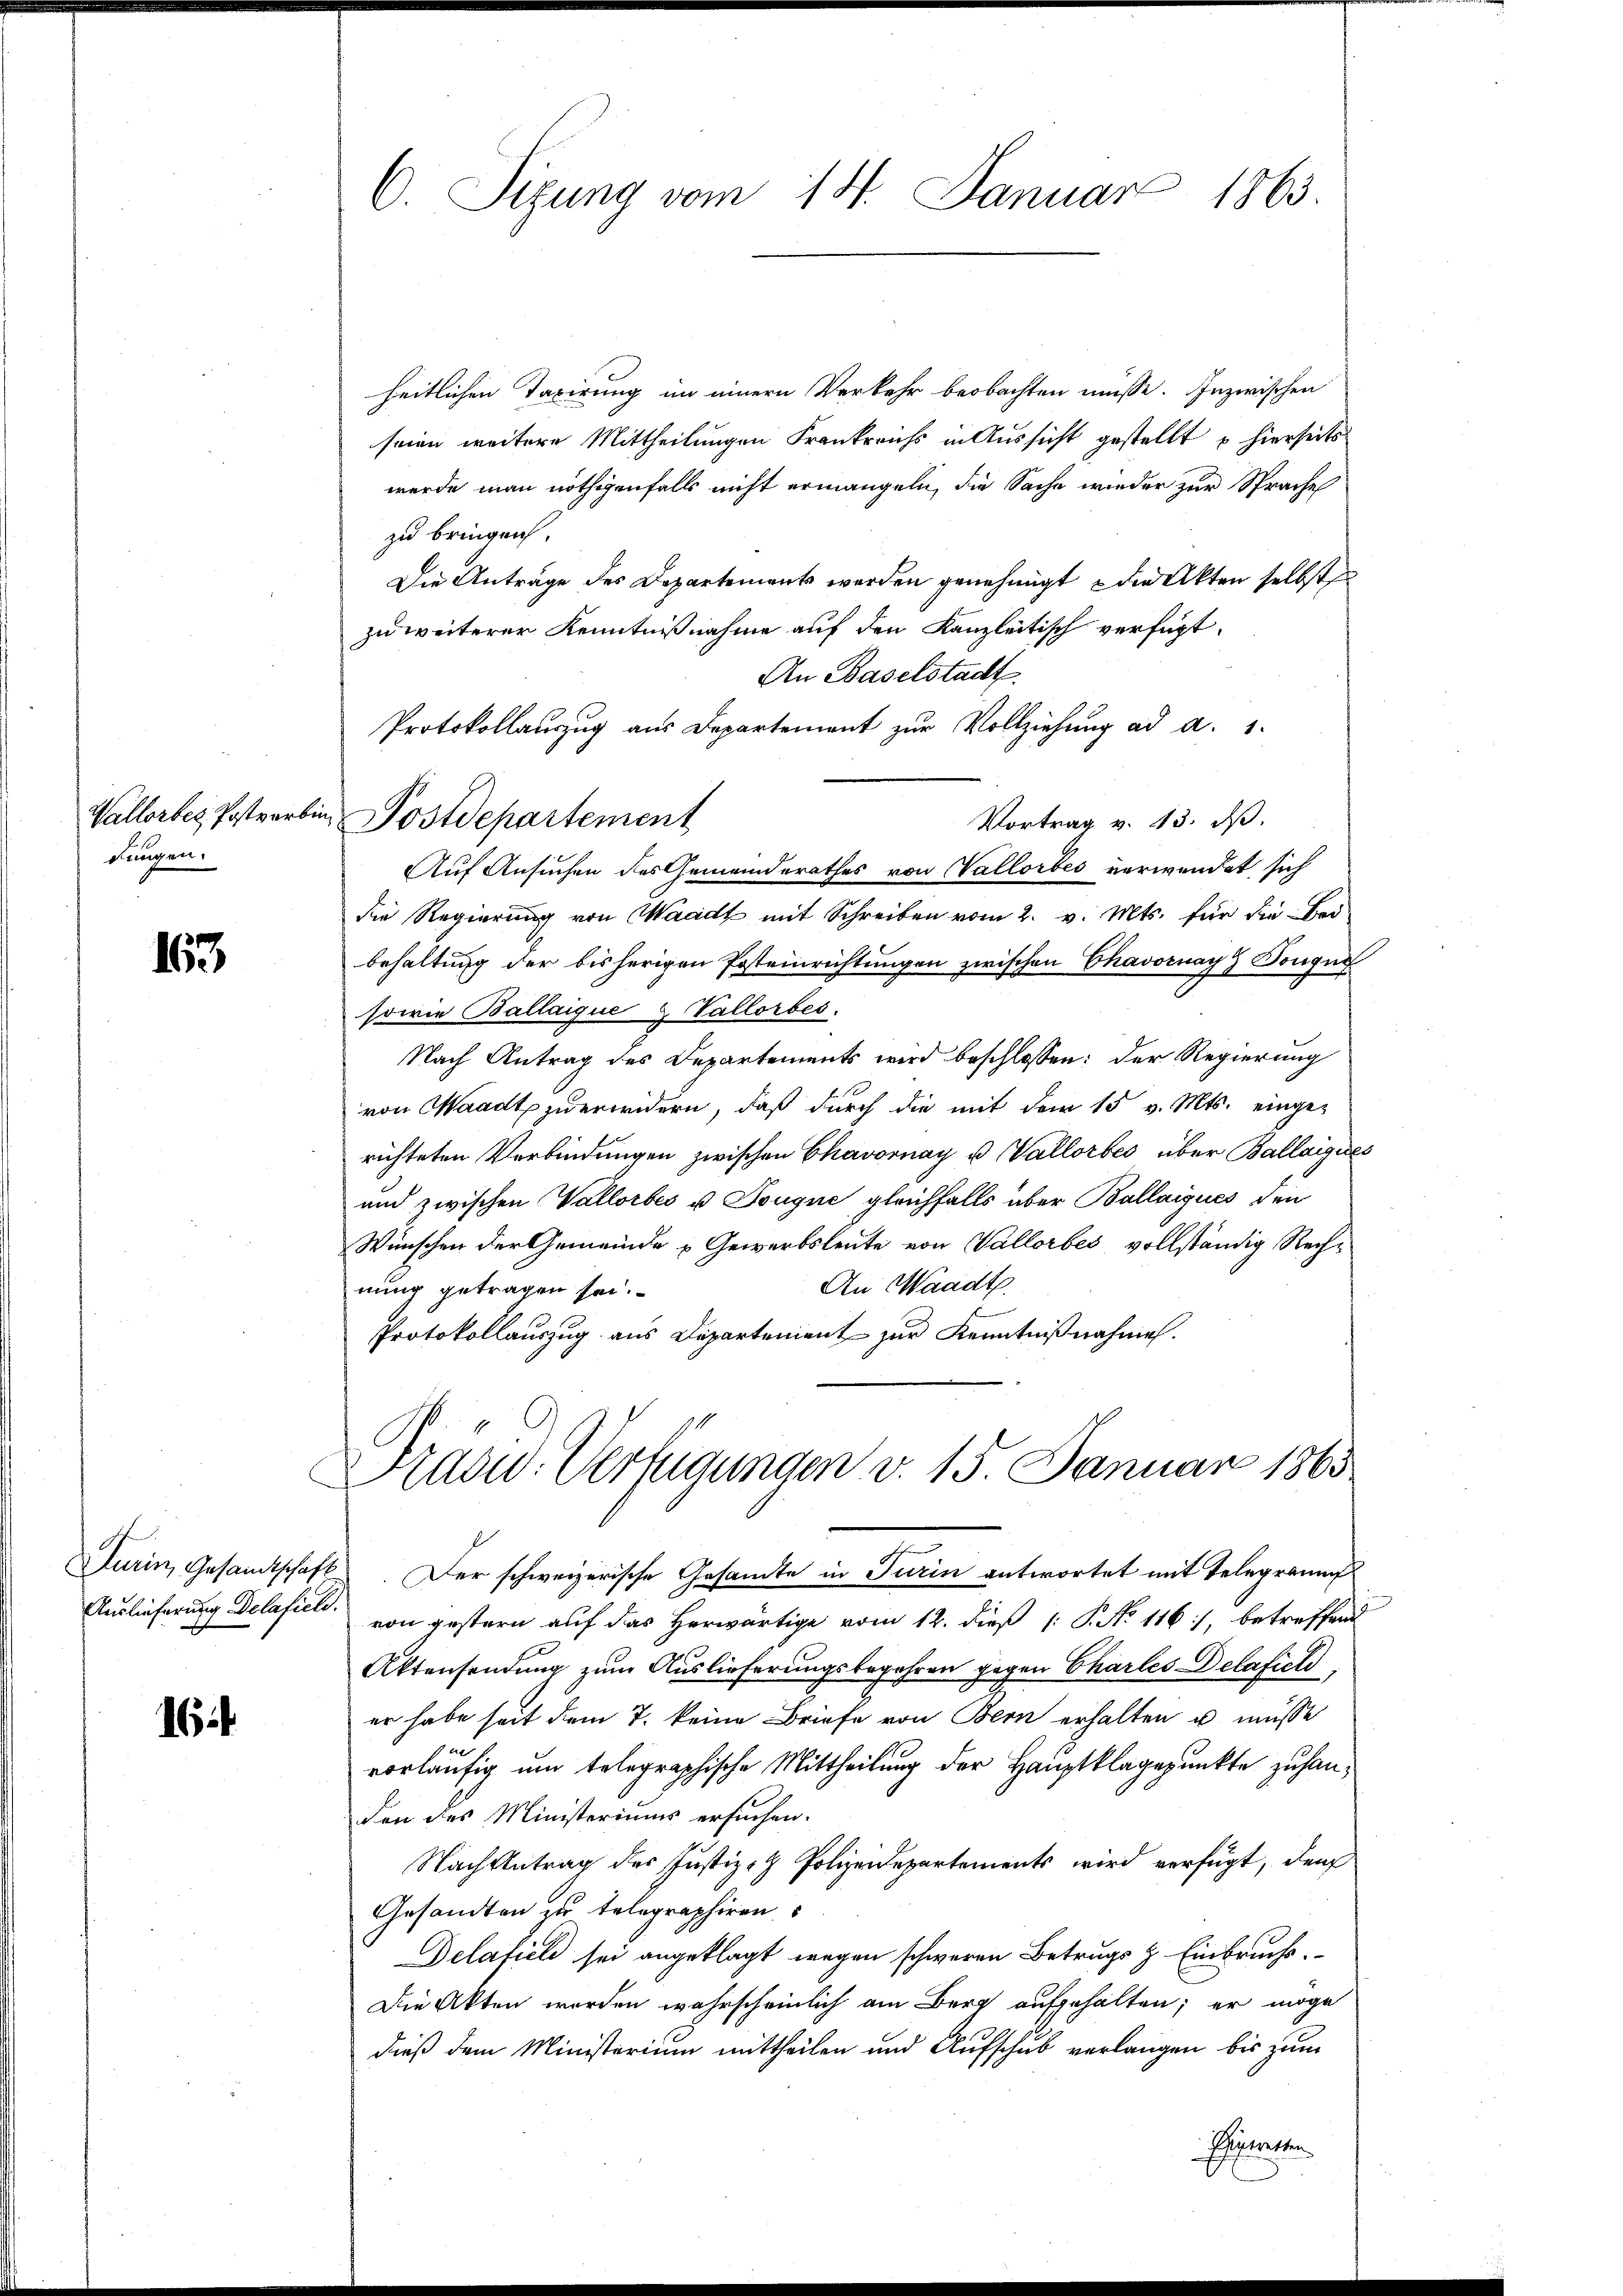
dungen.

163

Auslieferung Delafield.

16

heitlichen Taxirung im einern Verkehr beobachten müsse. Inzwischen
seien weitere Mittheilungen Frankreichs in Aussicht gestellt u hierseits
werde man nöthigenfalls nicht ermangeln, die Sache wieder zur Sprache
zu bringen.
Die Anträge des Departements werden genehmigt & die Akten selbst
zu weiterer Kenntnißnahme auf den Kanzleitisch verfügt:
An Baselstadt.
Protokollauszug aus Departement zur Vollziehung ad a. 1.
Vortrag v. 13. ds.
Auf Ansuchen des Gemeinderathes von Vallorbes verwendet sich
die Regierung von Waadt mit Schreiben vom 2. v. Mts. für die Bei-
behaltung der bisherigen Posteinrichtungen zwischen Chavornay Tongu
sowie Ballaique & Vallorbes.
Nach Antrag des Departements wird beschlossen: der Regierung
von Waadt zu erwidern, daß durch die mit dem 15 v. Mts. einge-
richteten Verbindungen zwischen Chavornay u. Vallorbes über Ballaigues
und zwischen Vallorbes u Tougue gleichfalls über Ballaigues den
Wünschen der Gemeinde Gewerbsleute von Vallorbes vollständig Rech¬
An Waadt.
nung getragen sei.
Protokollauszug aus Departement zur Kenntnißnahmen.
Präsid. Verfügungen v. 15. Januar 1863.
Turin, Gesandtschaft. Der schweizerische Gesamte in Turin antwortet mit Telegramm
von gestern auf das Herwärtige vom 12. dieß (: P. No 116), betreffend
Aktensendung zum Auslieferungsbegehren gegen Charles Delafiele
er habe seit dem 7. keine Briefe von Bern erhalten u. müsse
vorläufig um telegraphische Mittheilung der Hauptklagepunkte zu handen des Ministeriums ersuchen.
Nach Antrag der Justiz- & Polizeidepartements wird verfügt, den
Gesandten zu telegraphiren
Delafiele sei angeklagt wegen schweren Betrugs z. Einbruche.
Die Akten worden wahrscheinlich am Berg aufgehalten; er möge
dieß dem Ministerium mittheilen und Aufschub verlangen bis zum
Schneten

C. Sizung vom 14. Januar 1863.

Vallorber Postverbin Postdepartement